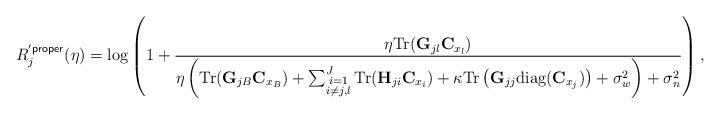
LaTeX: \begin{align*}R^{'\mathsf{proper}}_j(\eta)&=\log\left(1+\frac{\eta{\rm Tr}({\bf G}_{jl}{\bf C}_{x_{l}})}{\eta\left({\rm Tr}({\bf G}_{jB}{\bf C}_{x_{B}})+\sum_{\substack{i=1\\i\neq j,l}}^{J}{\rm Tr}({\bf H}_{ji}{\bf C}_{x_{i}})+\kappa {\rm Tr}\left({\bf G}_{jj}{\rm diag}({\bf C}_{x_{j}})\right)+\sigma^{2}_w\right)+\sigma _n^{2}}\right),\end{align*}